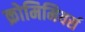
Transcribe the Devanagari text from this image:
क्रोमिमियर्स